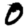
Digit: 0